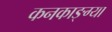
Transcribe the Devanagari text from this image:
कनकाङ्ग्या